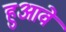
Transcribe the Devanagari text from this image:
हुआवे